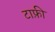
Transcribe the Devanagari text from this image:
टाफ़ी